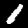
Label: 1